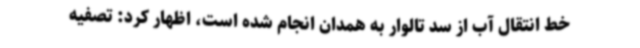
خط انتقال آب از سد تالوار به همدان انجام شده است، اظهار کرد: تصفیه